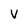
Character: V